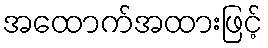
အထောက်အထားဖြင့်